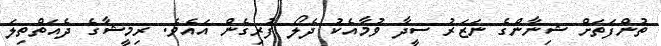
ތުންފަތަށް ޝިނާންގެ ނަޒަރު ސީދާ ވުމާއެކު ދެލޯ ފުރިގެން އައެވެ. ރިމީޝާގެ ދެއަތްތިލަ